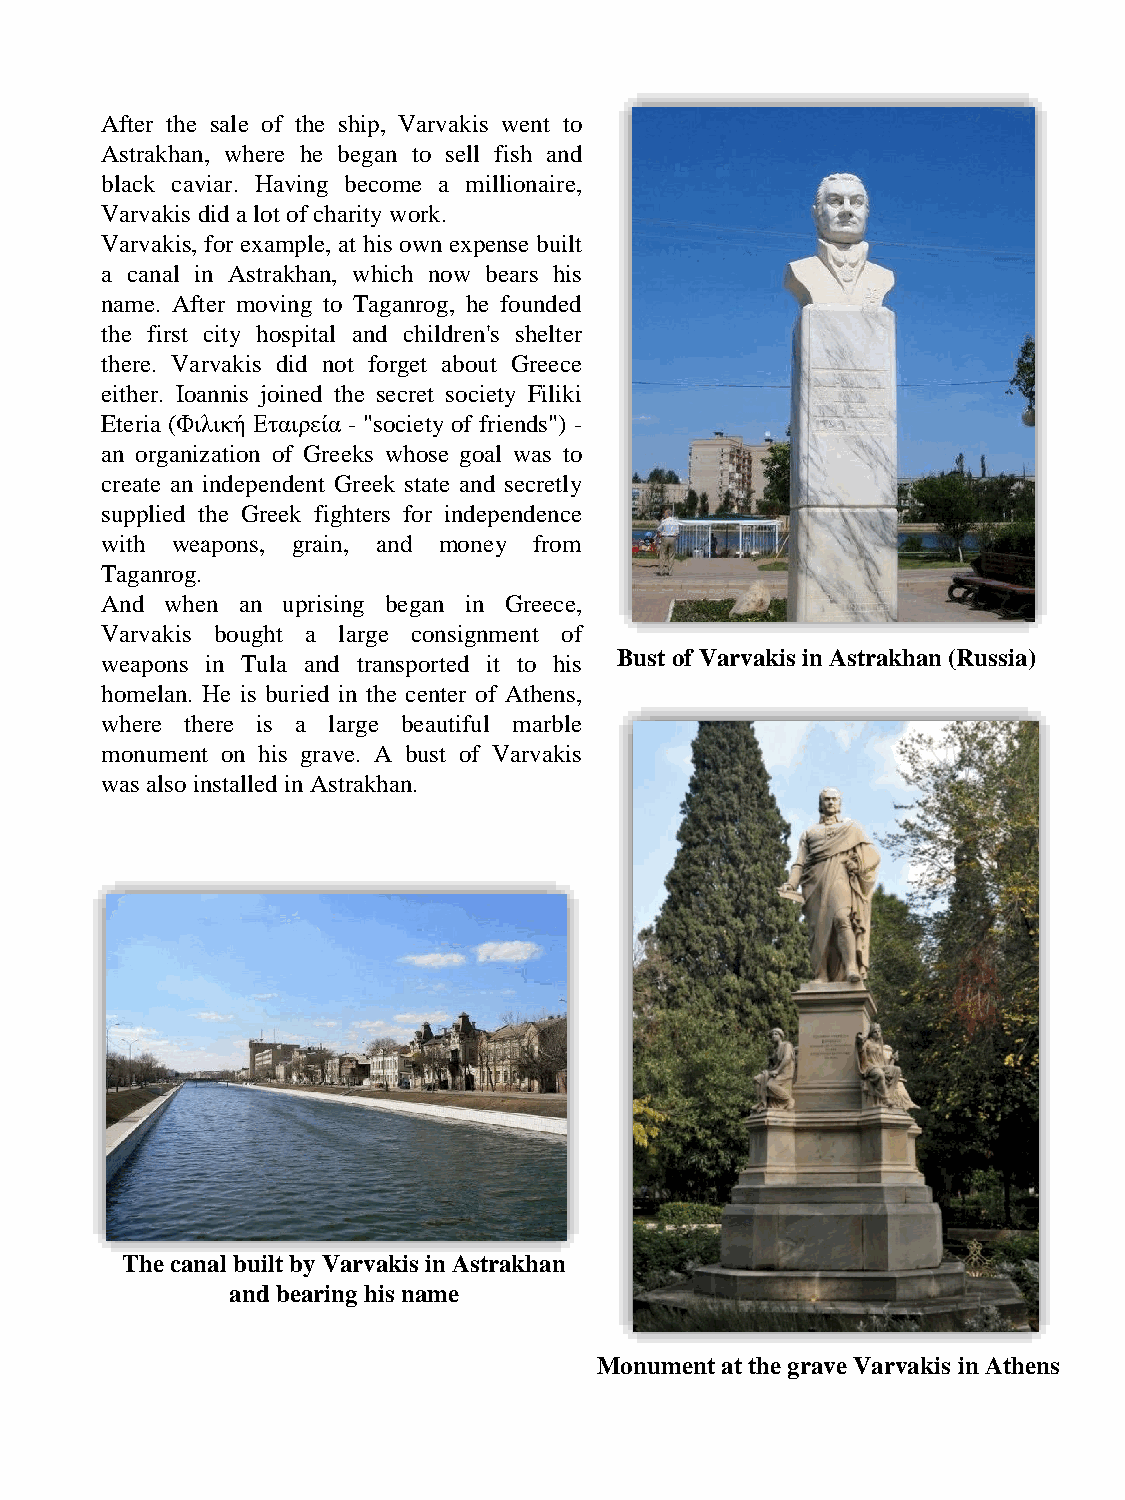
After the sale of the ship, Varvakis went to
 Astrakhan, where he began to sell fish and
 black caviar. Having become a millionaire,
 Varvakis did alot ofcharity work.
 Varvakis, for example, at his own expense built
 a canal in Astrakhan, which now bears his
 name. After moving to Taganrog, he founded
 the first city hospital and children's shelter
 there. Varvakis did not forget about Greece
 either. Ioannis joined the secret society Filiki
 Eteria (Φιλική Εταιρεία - "society of friends") -
 an organization of Greeks whose goal was to
 create an independent Greek state and secretly
 supplied the Greek fighters for independence
 with weapons, grain, and money from
 Taganrog.
 And when an uprising began in Greece,
 Varvakis bought a large consignment of
 Bust of Varvakis in Astrakhan (Russia)
 weapons in Tula and transported it to his
 homelan. He is buried in the center of Athens,
 where there is a large beautiful marble
 monument on his grave. A bust of Varvakis
 was also installed inAstrakhan.
 The canal built by Varvakis in Astrakhan
 and bearing his name
 Monument at the grave Varvakis in Athens